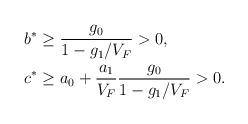
LaTeX: \begin{align*} \begin{aligned} b^*&\geq \frac{g_0}{1-g_1/V_F}>0,\\ c^*&\geq a_0+\frac{a_1}{V_F}\frac{g_0}{1-g_1/V_F}>0. \end{aligned}\end{align*}